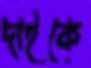
দাইকে